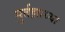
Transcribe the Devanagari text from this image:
मुर्तझाच्या